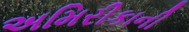
અમિરીકાની